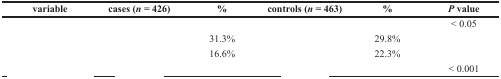
<table><thead><tr><td><b>variable</b></td><td><b>cases (<i>n</i> = 426)</b></td><td><b>%</b></td><td><b>controls (<i>n</i> = 463)</b></td><td><b>%</b></td><td><b><i>P</i> value</b></td></tr></thead><tbody><tr><td>[EMPTY_CELL]</td><td>[EMPTY_CELL]</td><td>[EMPTY_CELL]</td><td>[EMPTY_CELL]</td><td>[EMPTY_CELL]</td><td>&lt; 0.05</td></tr><tr><td>[EMPTY_CELL]</td><td>[EMPTY_CELL]</td><td>31.3%</td><td>[EMPTY_CELL]</td><td>29.8%</td><td>[EMPTY_CELL]</td></tr><tr><td>[EMPTY_CELL]</td><td>[EMPTY_CELL]</td><td>16.6%</td><td>[EMPTY_CELL]</td><td>22.3%</td><td>[EMPTY_CELL]</td></tr><tr><td>[EMPTY_CELL]</td><td>[EMPTY_CELL]</td><td>[EMPTY_CELL]</td><td>[EMPTY_CELL]</td><td>[EMPTY_CELL]</td><td>&lt; 0.001</td></tr></tbody></table>